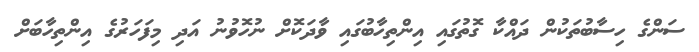
ސަންގެ ހިސާބުތަކުން ދައްކާ ގޮތުގައި އިންތިހާބުގައި ވާދަކޮށް ނުހޮވުނު އަދި މިފަހަރުގެ އިންތިހާބަށް